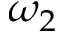
\omega _ { 2 }